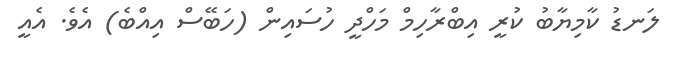
ލަނޑު ކާމިޔާބު ކުރީ އިބްރާހިމް މަހްދީ ހުސައިން (ހަބޭސް އިއްބެ) އެވެ. އެއީ